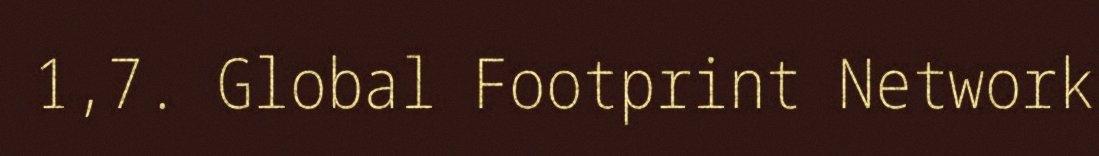
1,7. Global Footprint Network